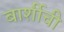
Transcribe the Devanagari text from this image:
बार्शीची